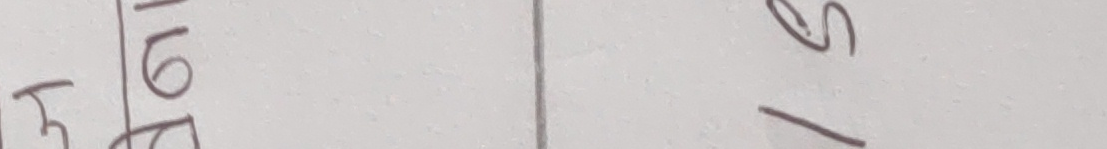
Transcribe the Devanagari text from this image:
म
५
६
७
स
१